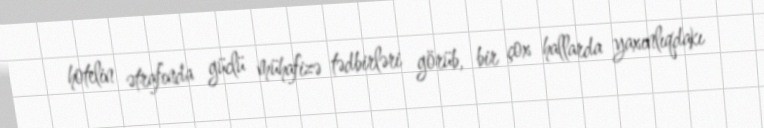
hotelin ətrafında güclü mühafizə tədbirləri görüb, bir çox hallarda yaxınlıqdakı